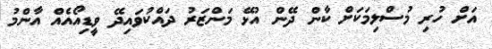
އަށް ހުރި މުސްލިމަކަށް ކާން ދޭން އުޅޭ މަންޒަރު ދައްކުވައިދޭ ވީޑިއޯއެއް އާންމު